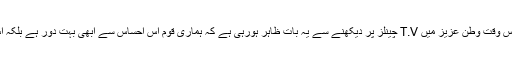
اور اس کا رحم سب کے شامل ہوگا لیکن اس وقت وطن عزیز میں T.V چینلز پر دیکھنے سے یہ بات ظاہر ہورہی ہے کہ ہماری قوم اس احساس سے ابھی بہت دور ہے بلکہ اس احساس کے قریب قریب بھی نہیں آئی ۔